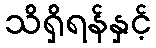
သိရှိရန်နှင့်